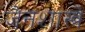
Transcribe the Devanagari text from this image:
जैनशास्त्रे